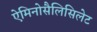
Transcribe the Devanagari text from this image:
ऐमिनोसैलिसिलेट